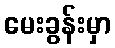
မေးခွန်းမှာ